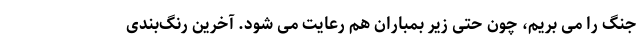
جنگ را می بریم، چون حتی زیر بمباران هم رعایت می شود. آخرین رنگ‌بندی